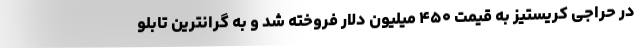
در حراجی کریستیز به قیمت ۴۵۰ میلیون دلار فروخته شد و به گرانترین تابلو